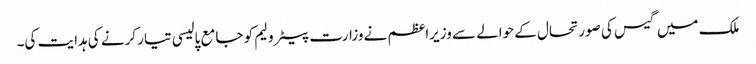
ملک میں گیس کی صورتحال کے حوالے سے وزیراعظم نے وزارت پیٹرولیم کو جامع پالیسی تیار کرنے کی ہدایت کی۔